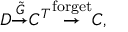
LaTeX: D { \stackrel { \tilde { G } } { \to } } C ^ { T } { \stackrel { \mathrm { f o r g e t } } { \to } } C ,